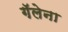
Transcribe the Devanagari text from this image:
गॅलेना